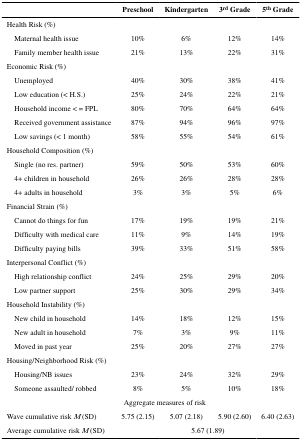
<table><thead><tr><td></td><td><b>Preschool</b></td><td><b>Kindergarten</b></td><td><b>3<sup>rd</sup> Grade</b></td><td><b>5<sup>th</sup> Grade</b></td></tr></thead><tbody><tr><td>Health Risk (%)</td><td></td><td></td><td></td><td></td></tr><tr><td> Maternal health issue</td><td>10%</td><td>6%</td><td>12%</td><td>14%</td></tr><tr><td> Family member health issue</td><td>21%</td><td>13%</td><td>22%</td><td>31%</td></tr><tr><td>Economic Risk (%)</td><td></td><td></td><td></td><td></td></tr><tr><td> Unemployed</td><td>40%</td><td>30%</td><td>38%</td><td>41%</td></tr><tr><td> Low education (&lt; H.S.)</td><td>25%</td><td>24%</td><td>22%</td><td>21%</td></tr><tr><td> Household income &lt; = FPL</td><td>80%</td><td>70%</td><td>64%</td><td>64%</td></tr><tr><td> Received government assistance</td><td>87%</td><td>94%</td><td>96%</td><td>97%</td></tr><tr><td> Low savings (&lt; 1 month)</td><td>58%</td><td>55%</td><td>54%</td><td>61%</td></tr><tr><td>Household Composition (%)</td><td></td><td></td><td></td><td></td></tr><tr><td> Single (no res. partner)</td><td>59%</td><td>50%</td><td>53%</td><td>60%</td></tr><tr><td> 4+ children in household</td><td>26%</td><td>26%</td><td>28%</td><td>28%</td></tr><tr><td> 4+ adults in household</td><td>3%</td><td>3%</td><td>5%</td><td>6%</td></tr><tr><td>Financial Strain (%)</td><td></td><td></td><td></td><td></td></tr><tr><td> Cannot do things for fun</td><td>17%</td><td>19%</td><td>19%</td><td>21%</td></tr><tr><td> Difficulty with medical care</td><td>11%</td><td>9%</td><td>14%</td><td>19%</td></tr><tr><td> Difficulty paying bills</td><td>39%</td><td>33%</td><td>51%</td><td>58%</td></tr><tr><td>Interpersonal Conflict (%)</td><td></td><td></td><td></td><td></td></tr><tr><td> High relationship conflict</td><td>24%</td><td>25%</td><td>29%</td><td>20%</td></tr><tr><td> Low partner support</td><td>25%</td><td>30%</td><td>29%</td><td>34%</td></tr><tr><td>Household Instability (%)</td><td></td><td></td><td></td><td></td></tr><tr><td> New child in household</td><td>14%</td><td>18%</td><td>12%</td><td>15%</td></tr><tr><td> New adult in household</td><td>7%</td><td>3%</td><td>9%</td><td>11%</td></tr><tr><td> Moved in past year</td><td>25%</td><td>20%</td><td>27%</td><td>27%</td></tr><tr><td>Housing/Neighborhood Risk (%)</td><td></td><td></td><td></td><td></td></tr><tr><td> Housing/NB issues</td><td>23%</td><td>24%</td><td>32%</td><td>29%</td></tr><tr><td> Someone assaulted/ robbed</td><td>8%</td><td>5%</td><td>10%</td><td>18%</td></tr><tr><td></td><td colspan="2">Aggregate measures of risk</td><td></td><td></td></tr><tr><td>Wave cumulative risk <i>M</i> (SD)</td><td>5.75 (2.15)</td><td>5.07 (2.18)</td><td>5.90 (2.60)</td><td>6.40 (2.63)</td></tr><tr><td>Average cumulative risk <i>M</i> (SD)</td><td></td><td colspan="2">5.67 (1.89)</td><td></td></tr></tbody></table>